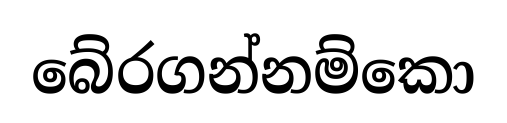
බේරගන්නම්කො